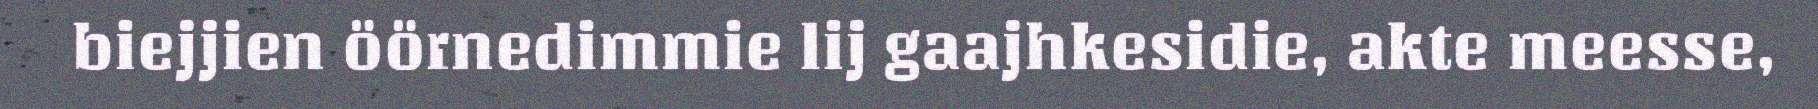
biejjien öörnedimmie lij gaajhkesidie, akte meesse,